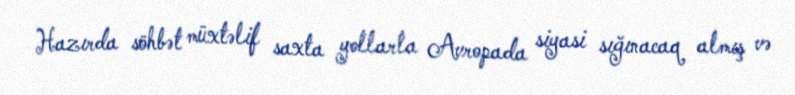
Hazırda söhbət müxtəlif saxta yollarla Avropada siyasi sığınacaq almış və